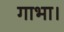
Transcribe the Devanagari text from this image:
गाभा।